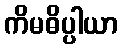
ကိမဓိပ္ပါယာ